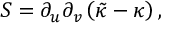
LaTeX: S = \partial _ { u } \partial _ { v } \left( \tilde { \kappa } - \kappa \right) ,